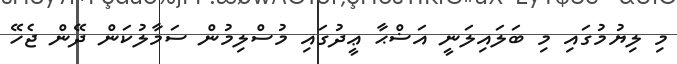
މި ލިޔުމުގައި މި ބަލައިލަނީ އަޟްޙާ ޢީދުގައި މުސްލިމުން ސަމާލުކަން ދޭން ޖެހޭ